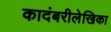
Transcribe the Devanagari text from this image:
कादंबरीलेखिका